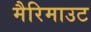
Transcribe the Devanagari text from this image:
मैरिमाउट